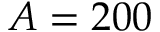
A = 2 0 0